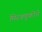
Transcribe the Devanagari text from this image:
मिरवणूकीने